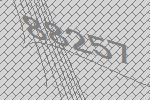
88257